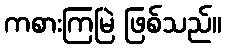
ကစားကြမြဲ ဖြစ်သည်။